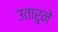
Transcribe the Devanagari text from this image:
उतारुने